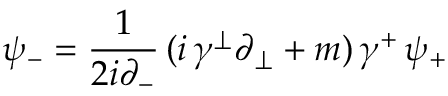
\psi _ { - } = \frac { 1 } { 2 i \partial _ { - } } \, ( i \, \gamma ^ { \perp } \partial _ { \perp } + m ) \, \gamma ^ { + } \, \psi _ { + }